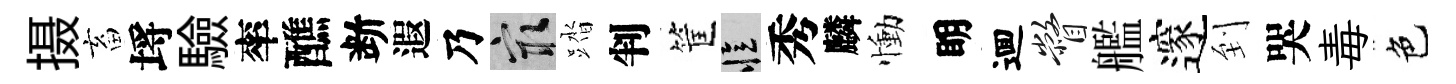
摄畜埓驗率醮断遐乃冣踏判筐忆秀麟慟眀逥瞥艦邃到哭毒色